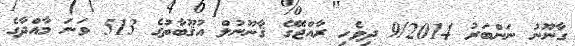
ގާނޫނު ނަންބަރު 9/2014 ދިވެހި ރާއްޖޭގެ ޤާނޫނުލް އުޤޫބާތުގެ 513 ވަނަ މާއްދާގެ